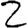
Digit: 2